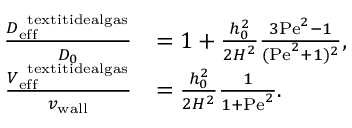
\begin{array} { r l } { \frac { D _ { \mathrm { e f f } } ^ { \mathrm { \ t e x t i t { i d e a l g a s } } } } { D _ { 0 } } } & { = 1 + \frac { h _ { 0 } ^ { 2 } } { 2 H ^ { 2 } } \frac { 3 \mathrm { P e } ^ { 2 } - 1 } { ( \mathrm { P e } ^ { 2 } + 1 ) ^ { 2 } } , } \\ { \frac { V _ { \mathrm { e f f } } ^ { \mathrm { \ t e x t i t { i d e a l g a s } } } } { v _ { \mathrm { w a l l } } } } & { = \frac { h _ { 0 } ^ { 2 } } { 2 H ^ { 2 } } \frac { 1 } { 1 + \mathrm { P e } ^ { 2 } } . } \end{array}